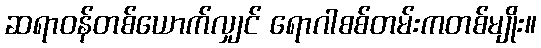
ဆရာဝန်တစ်ယောက်လျှင် ရောဂါစစ်တမ်းကတစ်မျိုး။